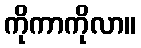
ကိုကာကိုလာ။